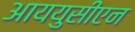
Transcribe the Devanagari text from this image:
आययुसीएन